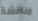
مناقشة